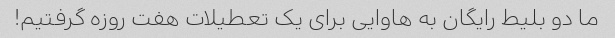
ما دو بلیط رایگان به هاوایی برای یک تعطیلات هفت روزه گرفتیم!